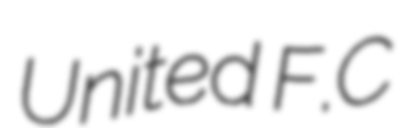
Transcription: United F.C